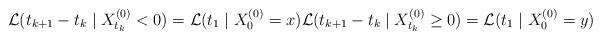
LaTeX: \begin{align*} \mathcal{L}(t_{k+1}-t_k \mid X_{t_k}^{(0)}<0) =\mathcal{L}(t_1 \mid X_0^{(0)}=x) \mathcal{L}(t_{k+1}-t_k \mid X_{t_k}^{(0)}\geq 0) =\mathcal{L}(t_1 \mid X_0^{(0)}=y) \end{align*}